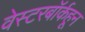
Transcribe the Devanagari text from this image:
वेस्टरबॉर्कहून